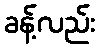
ခန့်လည်း